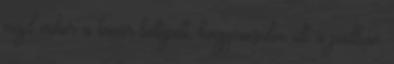
majd mikor a tanár belépett, kiegyenesedve ült a padban.